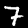
Label: 7